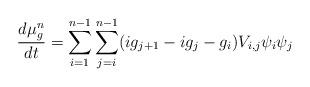
LaTeX: \begin{align*}\frac{d\mu_g^n}{dt} = \sum_{i=1}^{n-1}\sum_{j=i}^{n-1}(ig_{j+1}-ig_j-g_i)V_{i,j}\psi_i\psi_j \end{align*}